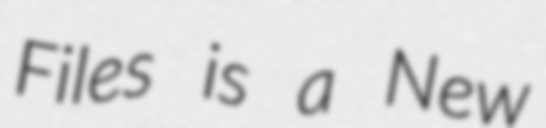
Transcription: Files is a New